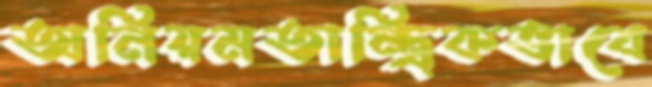
অনিয়মতান্ত্রিকভাবে